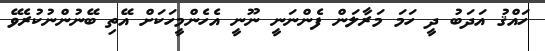
ހައްްޤު އަދަބު ދީ ހަމަ މަރާލަން ފެންނަނީ ނޫނީ އެހެންމީހަކަށް އޭތި ބޭނުންނުކުރެވޭ